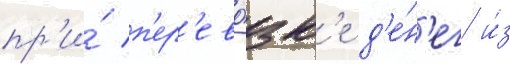
пр'и́ п'ер'ево́зк'е д'е́н'ег и́з